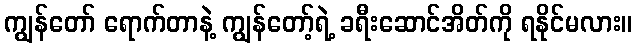
ကျွန်တော် ရောက်တာနဲ့ ကျွန်တော့်ရဲ့ ခရီးဆောင်အိတ်ကို ရနိုင်မလား။